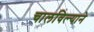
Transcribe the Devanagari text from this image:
चालविल्याने